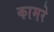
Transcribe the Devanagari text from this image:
कामरे